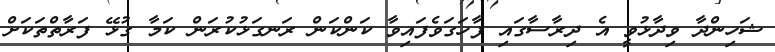
ޝަހިންދާ ވިދާޅުވީ އެ ދިރާސާގައި ފާހަގަވެފައިވާ ކަންކަން ރަނގަޅުކުރަން ކަމާ ގުޅޭ ފަރާތްތަކަށް